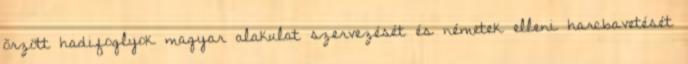
õrzött hadifoglyok magyar alakulat szervezését és németek elleni harcbavetését